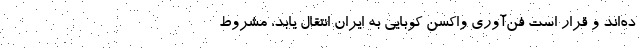
ده‌اند و قرار است فن‌آوری واکسن کوبایی به ایران انتقال یابد، مشروط